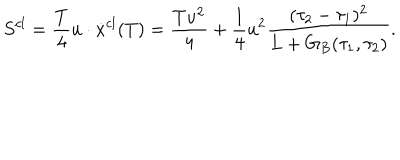
LaTeX: S ^ { c l } = { \frac { T } { 4 } } u \cdot \dot { x } ^ { c l } ( T ) = \frac { T u ^ { 2 } } { 4 } + { \frac { 1 } { 4 } } u ^ { 2 } \frac { ( \tau _ { 2 } - \tau _ { 1 } ) ^ { 2 } } { L + G _ { B } ( \tau _ { 1 } , \tau _ { 2 } ) } .